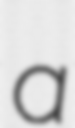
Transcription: a